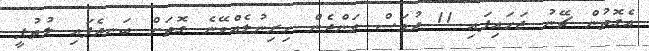
އެގޮތުން ޗޭނު ޖަހައިފައި 11 ދުވަސް ވަންދެން ހިރިނުލެއްވޭނެ ގޮތަށް ބަނދެފައި ލުތުފީ